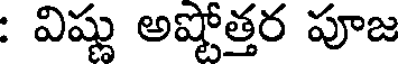
: విష్ణు అష్టోత్తర పూజ